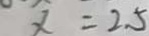
x = 2 . 5